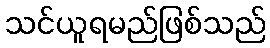
သင်ယူရမည်ဖြစ်သည်